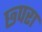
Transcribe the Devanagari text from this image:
छ्परा